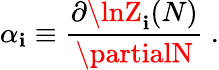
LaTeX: \alpha_{\mathbf{i}}\equiv{\frac{{\partial\lnZ_{\mathbf{i}}(N)}}{{\partialN}}}\ .